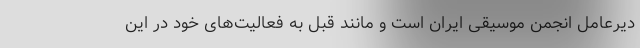
دیرعامل انجمن موسیقی ایران است و مانند قبل به فعالیت‌های خود در این